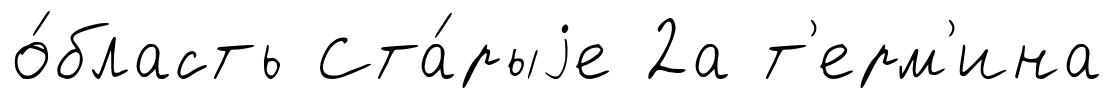
о́бласть Ста́рыjе 2а т'ерм'ина